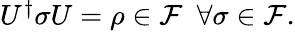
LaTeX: \begin{array}{r}{U^{\dagger}\sigma U=\rho\in\mathcal{F}~~\forall\sigma\in\mathcal{F}.}\end{array}